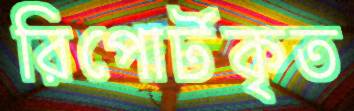
রিপোর্টকৃত